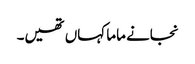
نجانے ماما کہاں تھیں۔